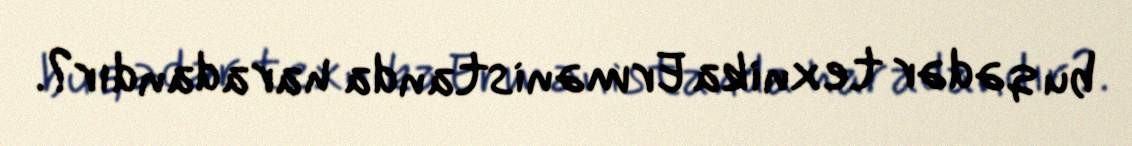
bu qədər texnika Ermənistanda haradandır?.